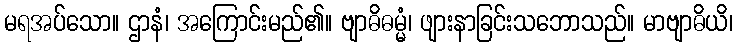
မရအပ်သော။ ဌာနံ၊ အကြောင်းမည်၏။ ဗျာဓိဓမ္မံ၊ ဖျားနာခြင်းသဘောသည်။ မာဗျာဓိယိ၊